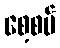
စေ့စပ်